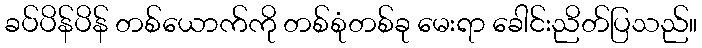
ခပ်ပိန်ပိန် တစ်ယောက်ကို တစ်စုံတစ်ခု မေးရာ ခေါင်းညိတ်ပြသည်။